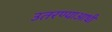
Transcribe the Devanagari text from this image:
उतरण्याआधी